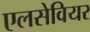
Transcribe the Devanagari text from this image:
एलसेवियर